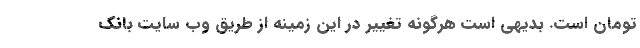
تومان است. بدیهی است هرگونه تغییر در این زمینه از طریق وب سایت بانک